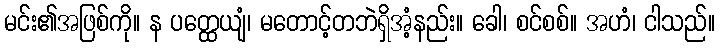
မင်း၏အဖြစ်ကို။ န ပတ္ထေယျံ၊ မတောင့်တဘဲရှိအံ့နည်း။ ခေါ၊ စင်စစ်။ အဟံ၊ ငါသည်။